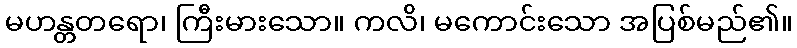
မဟန္တတရော၊ ကြီးမားသော။ ကလိ၊ မကောင်းသော အပြစ်မည်၏။